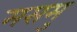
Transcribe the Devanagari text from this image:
मसमु